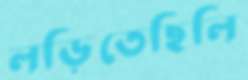
লড়িতেছিলি